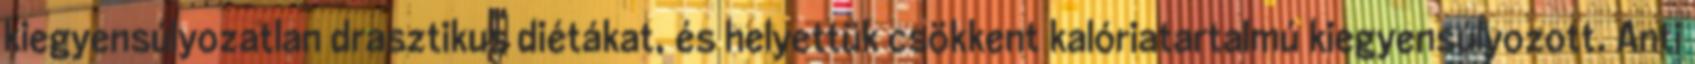
kiegyensúlyozatlan drasztikus diétákat, és helyettük csökkent kalóriatartalmú kiegyensúlyozott. Anti